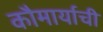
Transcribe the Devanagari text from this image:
कौमार्याची